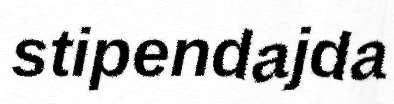
stipendajda